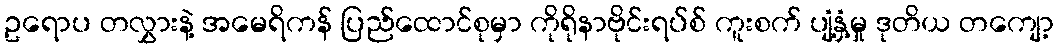
ဥရောပ တလွှားနဲ့ အမေရိကန် ပြည်ထောင်စုမှာ ကိုရိုနာဗိုင်းရပ်စ် ကူးစက် ပျံ့နှံ့မှု ဒုတိယ တကျော့